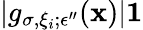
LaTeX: |g_{\sigma,\xi_{i};\epsilon^{\prime\prime}}(\mathbf{x})|\le1